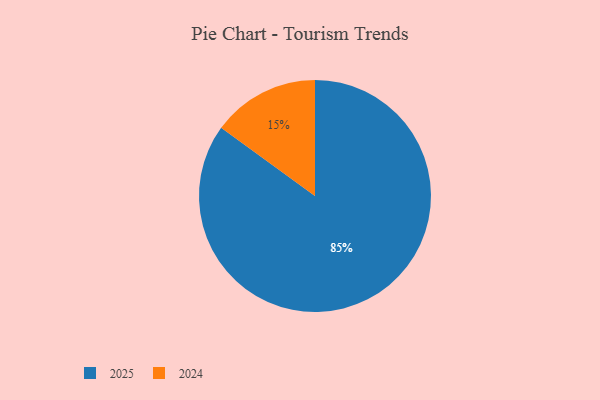
{"axis": {"x": "Category", "y": "Percentage"}, "legend": ["2024", "2025"], "data": [{"x": "2025", "y": 85, "type": "2025"}, {"x": "2024", "y": 15, "type": "2024"}]}